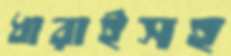
ধারাইসহ